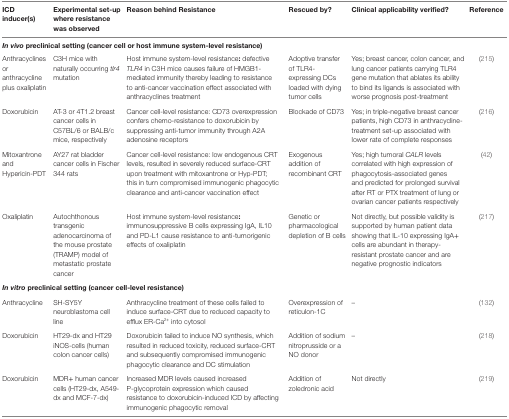
<table><thead><tr><td><b>ICD inducer(s)</b></td><td><b>Experimental set-up where resistance was observed</b></td><td><b>Reason behind resistance</b></td><td><b>Rescued by?</b></td><td><b>Clinical applicability verified?</b></td><td><b>Reference</b></td></tr></thead><tbody><tr><td colspan="6"><b><i>In vivo</i> preclinical setting (cancer cell or host immune system-level resistance)</b></td></tr><tr><td>Anthracyclines or anthracycline plus oxaliplatin</td><td>C3H mice with naturally occurring <i>tlr4</i> mutation</td><td>Host immune system-level resistance: defective <i>TLR4</i> in C3H mice causes failure of HMGB1-mediated immunity thereby leading to resistance to anti-cancer vaccination effect associated with anthracyclines treatment</td><td>Adoptive transfer of TLR4-expressing DCs loaded with dying tumor cells</td><td>Yes; breast cancer, colon cancer, and lung cancer patients carrying TLR4 gene mutation that ablates its ability to bind its ligands is associated with worse prognosis post-treatment</td><td>(215)</td></tr><tr><td>Doxorubicin</td><td>AT-3 or 4T1.2 breast cancer cells in C57BL/6 or BALB/c mice, respectively</td><td>Cancer cell-level resistance: CD73 overexpression confers chemo-resistance to doxorubicin by suppressing anti-tumor immunity through A2A adenosine receptors</td><td>Blockade of CD73</td><td>Yes; in triple-negative breast cancer patients, high CD73 in anthracycline-treatment set-up associated with lower rate of complete responses</td><td>(216)</td></tr><tr><td>Mitoxantrone and Hypericin-PDT</td><td>AY27 rat bladder cancer cells in Fischer 344 rats</td><td>Cancer cell-level resistance: low endogenous CRT levels, resulted in severely reduced surface-CRT upon treatment with mitoxantrone or Hyp-PDT; this in turn compromised immunogenic phagocytic clearance and anti-cancer vaccination effect</td><td>Exogenous addition of recombinant CRT</td><td>Yes; high tumoral <i>CALR</i> levels correlated with high expression of phagocytosis-associated genes and predicted for prolonged survival after RT or PTX treatment of lung or ovarian cancer patients respectively</td><td>(42)</td></tr><tr><td>Oxaliplatin</td><td>Autochthonous transgenic adenocarcinoma of the mouse prostate (TRAMP) model of metastatic prostate cancer</td><td>Host immune system-level resistance: immunosuppressive B cells expressing IgA, IL10 and PD-L1 cause resistance to anti-tumorigenic effects of oxaliplatin</td><td>Genetic or pharmacological depletion of B cells</td><td>Not directly, but possible validity is supported by human patient data showing that IL-10 expressing IgA+ cells are abundant in therapy-resistant prostate cancer and are negative prognostic indicators</td><td>(217)</td></tr><tr><td colspan="6"><b><i>In vitro</i> preclinical setting (cancer cell-level resistance)</b></td></tr><tr><td>Anthracycline</td><td>SH-SY5Y neuroblastoma cell line</td><td>Anthracycline treatment of these cells failed to induce surface-CRT due to reduced capacity to efflux ER-Ca<sup>2+</sup> into cytosol</td><td>Overexpression of reticulon-1C</td><td>–</td><td>(132)</td></tr><tr><td>Doxorubicin</td><td>HT29-dx and HT29 iNOS-cells (human colon cancer cells)</td><td>Doxorubicin failed to induce NO synthesis, which resulted in reduced toxicity, reduced surface-CRT and subsequently compromised immunogenic phagocytic clearance and DC stimulation</td><td>Addition of sodium nitroprusside or a NO donor</td><td>–</td><td>(218)</td></tr><tr><td>Doxorubicin</td><td>MDR+ human cancer cells (HT29-dx, A549-dx and MCF-7-dx)</td><td>Increased MDR levels caused increased P-glycoprotein expression which caused resistance to doxorubicin-induced ICD by affecting immunogenic phagocytic removal</td><td>Addition of zoledronic acid</td><td>Not directly</td><td>(219)</td></tr></tbody></table>